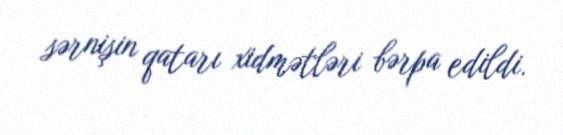
sərnişin qatarı xidmətləri bərpa edildi.